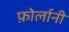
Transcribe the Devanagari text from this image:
फ़ोर्लानी